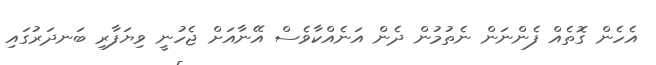
އެހެން ގޮތެއް ފެންނަން ނެތުމުން ދެން އަނެއްކާވެސް އޭނާއަށް ޖެހުނީ ވިޔަފާރި ބަނދަރުގައި